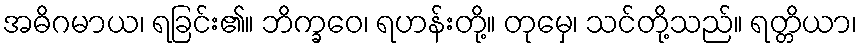
အဓိဂမာယ၊ ရခြင်း၏။ ဘိက္ခဝေ၊ ရဟန်းတို့။ တုမှေ၊ သင်တို့သည်။ ရတ္တိယာ၊